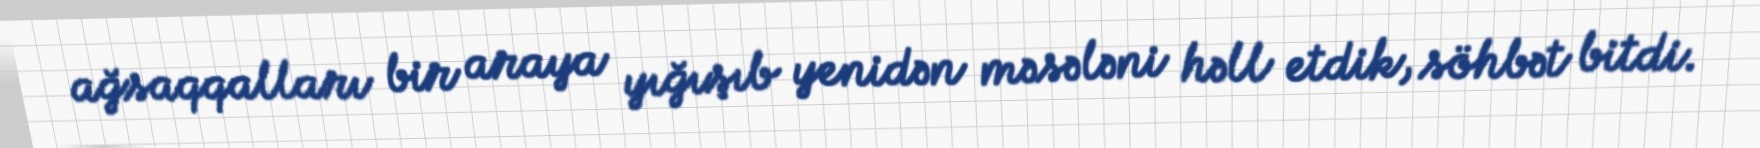
ağsaqqalları bir araya yığışıb yenidən məsələni həll etdik, söhbət bitdi.